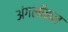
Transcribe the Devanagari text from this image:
अंगलीकन